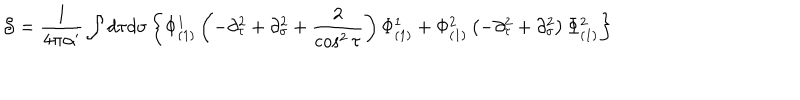
{ \cal S } = \frac { 1 } { 4 \pi \alpha ^ { \prime } } \int d \tau d \sigma \left\{ \Phi _ { ( 1 ) } ^ { 1 } \left( - \partial _ { \tau } ^ { 2 } + \partial _ { \sigma } ^ { 2 } + \frac { 2 } { \cos ^ { 2 } \tau } \right) \Phi _ { ( 1 ) } ^ { 1 } + \Phi _ { ( 1 ) } ^ { 2 } \left( - \partial _ { \tau } ^ { 2 } + \partial _ { \sigma } ^ { 2 } \right) \Phi _ { ( 1 ) } ^ { 2 } \right\}